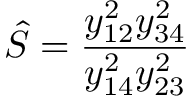
\hat { S } = { \frac { y _ { 1 2 } ^ { 2 } y _ { 3 4 } ^ { 2 } } { y _ { 1 4 } ^ { 2 } y _ { 2 3 } ^ { 2 } } }